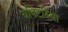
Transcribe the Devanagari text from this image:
बक्टिरिया